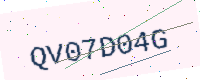
Text: QV07D04G